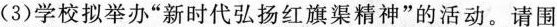
(3)学校拟举办“新时代弘扬红旗渠精神”的活动。请围